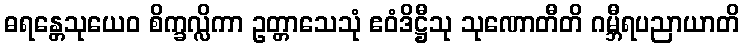
ဓရန္တေသုယေဝ စိက္ခလ္လိကာ ဥတ္တာသေသုံ ဧဝံဒိဋ္ဌီသု သုဏောတီတိ ဂမ္ဘီရပညာယာတိ